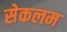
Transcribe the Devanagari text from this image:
सेकलम